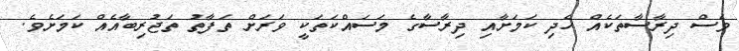
ވެސް ދިރާސާތަކެއް ހެދި ކަމަށާއި ދިރާސާގެ މަސައްކަތަކީ ވަރަށް ތަފާތު ތަޖުރިބާއެއް ކަމަށެވެ.